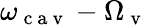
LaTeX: \omega_{\mathrm{~c~a~v~}}-\Omega_{\mathrm{~v~}}